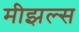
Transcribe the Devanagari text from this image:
मीझल्स